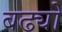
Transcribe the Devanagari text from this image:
बढ्यो